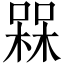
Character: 槑